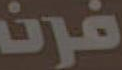
فرن